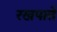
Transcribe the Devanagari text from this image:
रखपाते